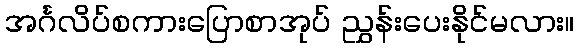
အင်္ဂလိပ်စကားပြောစာအုပ် ညွှန်းပေးနိုင်မလား။